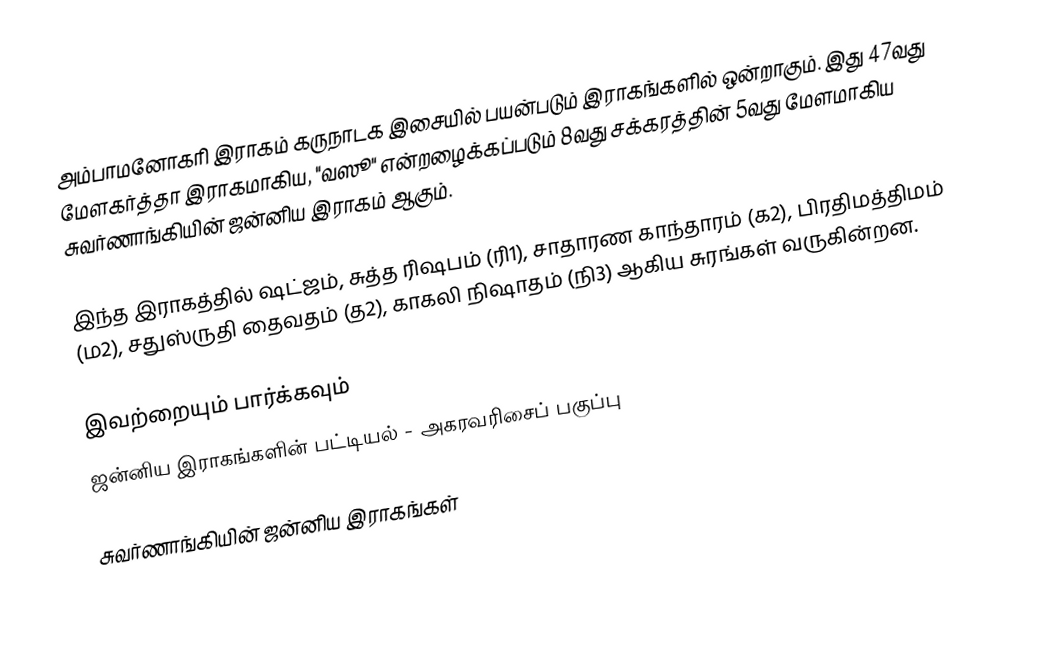
அம்பாமனோகரி இராகம் கருநாடக இசையில் பயன்படும் இராகங்களில் ஒன்றாகும். இது 47வது மேளகர்த்தா இராகமாகிய, "வஸூ" என்றழைக்கப்படும் 8வது சக்கரத்தின் 5வது மேளமாகிய சுவர்ணாங்கியின் ஜன்னிய இராகம் ஆகும்.

இந்த இராகத்தில் ஷட்ஜம், சுத்த ரிஷபம் (ரி1),  சாதாரண காந்தாரம் (க2), பிரதிமத்திமம் (ம2), சதுஸ்ருதி தைவதம் (த2), காகலி நிஷாதம் (நி3) ஆகிய சுரங்கள் வருகின்றன.

இவற்றையும் பார்க்கவும்
 ஜன்னிய இராகங்களின் பட்டியல் - அகரவரிசைப் பகுப்பு

சுவர்ணாங்கியின் ஜன்னிய இராகங்கள்